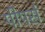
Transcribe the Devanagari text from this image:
पीपर्स